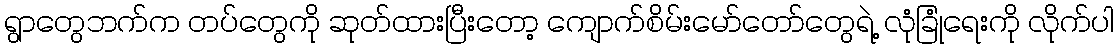
ရွာတွေဘက်က တပ်တွေကို ဆုတ်ထားပြီးတော့ ကျောက်စိမ်းမော်တော်တွေရဲ့ လုံခြုံရေးကို လိုက်ပါ